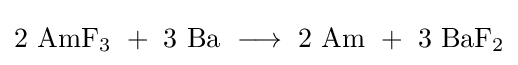
\mathrm {2\ AmF_{3}\ +\ 3\ Ba\ \longrightarrow \ 2\ Am\ +\ 3\ BaF_{2}}